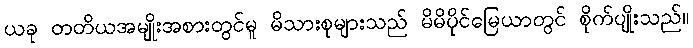
ယခု တတိယအမျိုးအစားတွင်မူ မိသားစုများသည် မိမိပိုင်မြေယာတွင် စိုက်ပျိုးသည်။